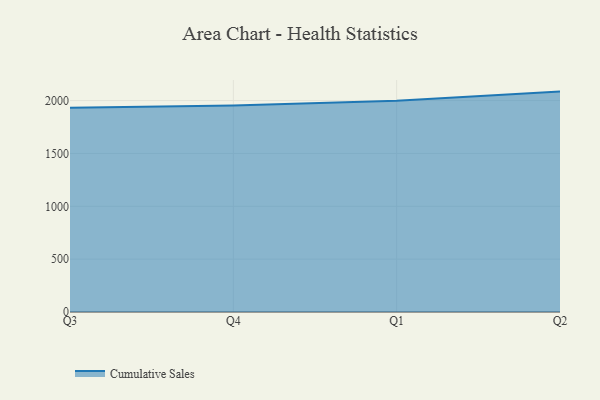
{"axis": {"x": "Quarter", "y": "LTV (USD)"}, "legend": ["Cumulative Sales"], "data": [{"x": "Q3", "y": 1932.7, "type": "Cumulative Sales"}, {"x": "Q4", "y": 1953.3, "type": "Cumulative Sales"}, {"x": "Q1", "y": 1998.3, "type": "Cumulative Sales"}, {"x": "Q2", "y": 2085.1, "type": "Cumulative Sales"}]}